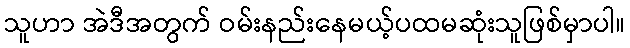
သူဟာ အဲဒီအတွက် ဝမ်းနည်းနေမယ့်ပထမဆုံးသူဖြစ်မှာပါ။